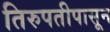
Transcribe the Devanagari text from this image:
तिरुपतीपासून